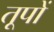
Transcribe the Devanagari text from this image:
तूपों